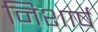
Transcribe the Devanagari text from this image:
निशार्ष